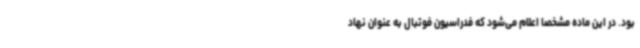
بود. در این ماده مشخصا اعلام می‌شود که فدراسیون فوتبال به عنوان نهاد